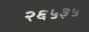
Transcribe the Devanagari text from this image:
२६५३५